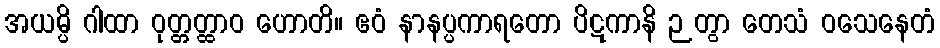
အယမ္ပိ ဂါထာ ဝုတ္တတ္ထာဝ ဟောတိ။ ဧဝံ နာနပ္ပကာရတော ပိဋကာနိ ဉတွာ တေသံ ဝသေနေတံ